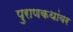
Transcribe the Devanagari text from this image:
पुराणकथांवर